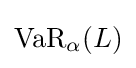
\operatorname {VaR} _{\alpha }(L)